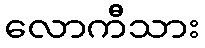
လောကီသား